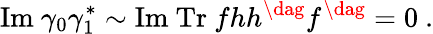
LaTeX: \mathrm{Im}~\gamma_{0}\gamma_{1}^{*}\sim\mathrm{Im}~\mathrm{Tr}~fhh^{\dag}f^{\dag}=0~.